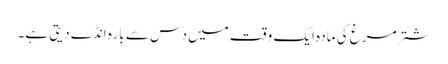
شتر مرغ کی مادہ ایک وقت میں دس سے بارہ انڈے دیتی ہے۔